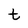
Character: t